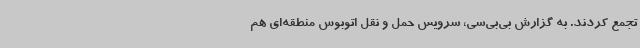
تجمع کردند. به گزارش بی‌بی‌سی، سرویس حمل و نقل اتوبوس منطقه‌ای هم